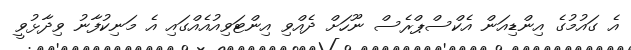
އެ ގައުމުގެ އިންޑިއަން އެކްސްޕްރެސް ނޫހަށް ދެއްވި އިންޓަވިއުއެއްގައި އެ މަނިކުފާނު ވިދާޅުވީ